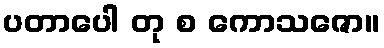
ပတာပေါ တု စ ကောသဇော။